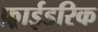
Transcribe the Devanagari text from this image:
फ़्राईडरिक